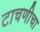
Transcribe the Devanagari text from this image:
टाचणीचा